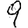
Digit: 9